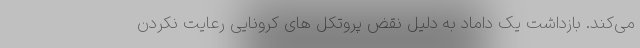
می‌کند. بازداشت یک داماد به دلیل نقض پروتکل های کرونایی رعایت نکردن